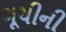
ગૂચીની